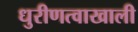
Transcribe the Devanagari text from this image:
धुरीणत्वाखाली